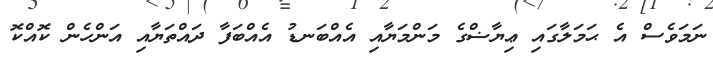
ނަމަވެސް އެ ޙަމަލާގައި ޢިޔާޟްގެ މަންމަޔާއި އެއްބަނޑު އެއްބަފާ ދައްތަޔާއި އަންހެން ކޮއްކޮ